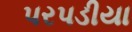
પરપડીયા